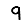
Digit: 9